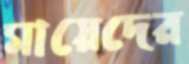
মায়েদের